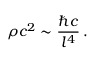
\rho c ^ { 2 } \sim \frac { \hbar c } { l ^ { 4 } } \, .